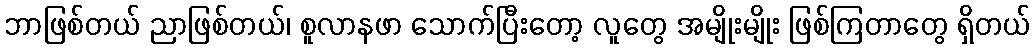
ဘာဖြစ်တယ် ညာဖြစ်တယ်၊ စူလာနဖာ သောက်ပြီးတော့ လူတွေ အမျိုးမျိုး ဖြစ်ကြတာတွေ ရှိတယ်